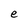
Character: e